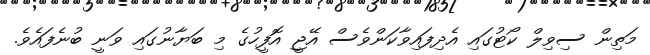
މަތިން ސިވިލް ކޯޓުގައި އެދިފައިވާކަންވެސް އޭޖީ އޮފީހުގެ މި ބަޔާނުގައި ވަނީ ބުނެފައެވެ.